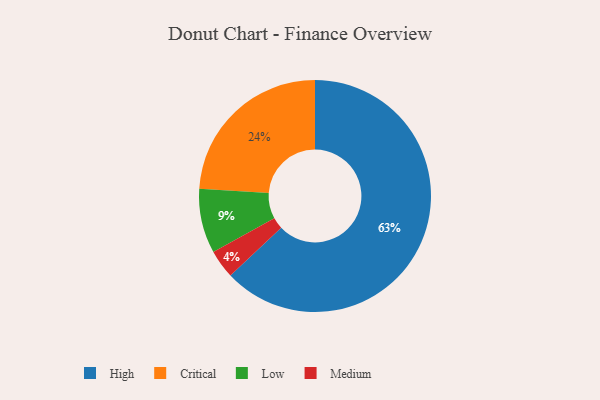
{"axis": {"x": "Category", "y": "Percentage"}, "legend": ["Critical", "High", "Low", "Medium"], "data": [{"x": "Medium", "y": 4, "type": "Medium"}, {"x": "High", "y": 63, "type": "High"}, {"x": "Critical", "y": 24, "type": "Critical"}, {"x": "Low", "y": 9, "type": "Low"}]}